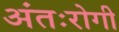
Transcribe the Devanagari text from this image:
अंतःरोगी